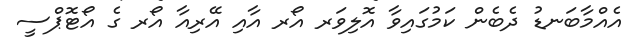
އެއްމާބަނޑު ދެބެން ކަމުގައިވާ އޮލިވަރ އޯރ އާއި އޭރިއާ އޯރ ގެ އޯޓޮޕްސީ